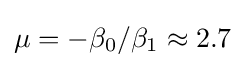
\mu =-\beta _{0}/\beta _{1}\approx 2.7